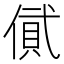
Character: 𠍎